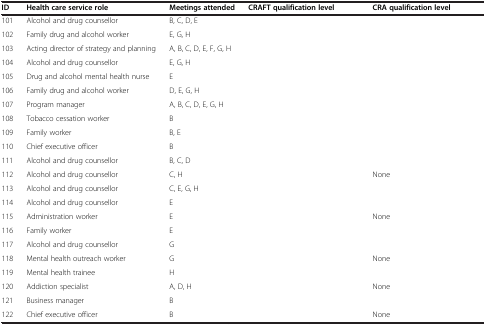
<table><thead><tr><td><b>ID</b></td><td><b>Health care service role</b></td><td><b>Meetings attended</b></td><td><b>CRAFT qualification level</b></td><td><b>CRA qualification level</b></td></tr></thead><tbody><tr><td>101</td><td>Alcohol and drug counsellor</td><td>B, C, D, E</td><td>[EMPTY_CELL]</td><td>[EMPTY_CELL]</td></tr><tr><td>102</td><td>Family drug and alcohol worker</td><td>E, G, H</td><td>[EMPTY_CELL]</td><td>[EMPTY_CELL]</td></tr><tr><td>103</td><td>Acting director of strategy and planning</td><td>A, B, C, D, E, F, G, H</td><td>[EMPTY_CELL]</td><td>[EMPTY_CELL]</td></tr><tr><td>104</td><td>Alcohol and drug counsellor</td><td>E, G, H</td><td>[EMPTY_CELL]</td><td>[EMPTY_CELL]</td></tr><tr><td>105</td><td>Drug and alcohol mental health nurse</td><td>E</td><td>[EMPTY_CELL]</td><td>[EMPTY_CELL]</td></tr><tr><td>106</td><td>Family drug and alcohol worker</td><td>D, E, G, H</td><td>[EMPTY_CELL]</td><td>[EMPTY_CELL]</td></tr><tr><td>107</td><td>Program manager</td><td>A, B, C, D, E, G, H</td><td>[EMPTY_CELL]</td><td>[EMPTY_CELL]</td></tr><tr><td>108</td><td>Tobacco cessation worker</td><td>B</td><td>[EMPTY_CELL]</td><td>[EMPTY_CELL]</td></tr><tr><td>109</td><td>Family worker</td><td>B, E</td><td>[EMPTY_CELL]</td><td>[EMPTY_CELL]</td></tr><tr><td>110</td><td>Chief executive officer</td><td>B</td><td>[EMPTY_CELL]</td><td>[EMPTY_CELL]</td></tr><tr><td>111</td><td>Alcohol and drug counsellor</td><td>B, C, D</td><td>[EMPTY_CELL]</td><td>[EMPTY_CELL]</td></tr><tr><td>112</td><td>Alcohol and drug counsellor</td><td>C, H</td><td>[EMPTY_CELL]</td><td>None</td></tr><tr><td>113</td><td>Alcohol and drug counsellor</td><td>C, E, G, H</td><td>[EMPTY_CELL]</td><td>[EMPTY_CELL]</td></tr><tr><td>114</td><td>Alcohol and drug counsellor</td><td>E</td><td>[EMPTY_CELL]</td><td>[EMPTY_CELL]</td></tr><tr><td>115</td><td>Administration worker</td><td>E</td><td>[EMPTY_CELL]</td><td>None</td></tr><tr><td>116</td><td>Family worker</td><td>E</td><td>[EMPTY_CELL]</td><td>[EMPTY_CELL]</td></tr><tr><td>117</td><td>Alcohol and drug counsellor</td><td>G</td><td>[EMPTY_CELL]</td><td>[EMPTY_CELL]</td></tr><tr><td>118</td><td>Mental health outreach worker</td><td>G</td><td>[EMPTY_CELL]</td><td>None</td></tr><tr><td>119</td><td>Mental health trainee</td><td>H</td><td>[EMPTY_CELL]</td><td>[EMPTY_CELL]</td></tr><tr><td>120</td><td>Addiction specialist</td><td>A, D, H</td><td>[EMPTY_CELL]</td><td>None</td></tr><tr><td>121</td><td>Business manager</td><td>B</td><td>[EMPTY_CELL]</td><td>[EMPTY_CELL]</td></tr><tr><td>122</td><td>Chief executive officer</td><td>B</td><td>[EMPTY_CELL]</td><td>None</td></tr></tbody></table>